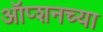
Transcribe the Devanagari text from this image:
ऑप्शनच्या